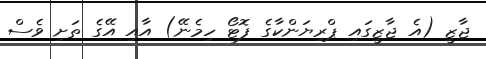
ޖާޒީ (އެ ޖާޒީގައި ޕްރިޔަންކާގެ ފޮޓޯ ހިމެނޭ) އާއި އޭގެ ތަށި ވެސް